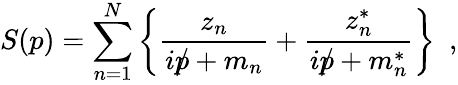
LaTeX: S(p)=\sum_{n=1}^{N}\left\{ \frac{z_{n}}{i/\! \! \! p+m_{n}}+\frac{z_{n}^{*}}{i/\! \! \! p+m_{n}^{*}}\right\} ~~,